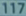
117